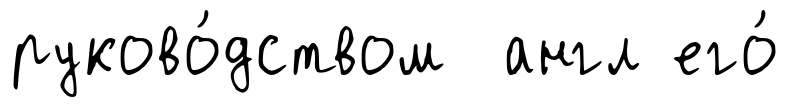
руково́дством англ его́